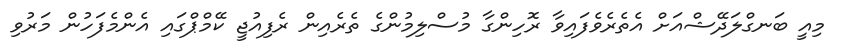
މިއީ ބަނގްލަދޭޝްއަށް އެތެރެވެފައިވާ ރޮހިންގާ މުސްލިމުންގެ ތެރެއިން ރެފިއުޖީ ކޭމްޕްގައި އެންމެފަހުން މަރުވި